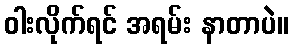
ဝါးလိုက်ရင် အရမ်း နာတာပဲ။